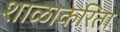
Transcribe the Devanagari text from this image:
शाळाकरिता